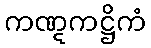
ကဏ္ဋကဋ္ဌိကံ